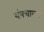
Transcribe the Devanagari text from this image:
यंत्रचालन